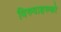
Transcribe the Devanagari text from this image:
विरुवाहरुको